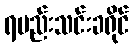
ရမည်းသင်းခရိုင်